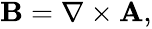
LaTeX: \begin{array}{r}{\mathbf{B}=\nabla\times\mathbf{A},}\end{array}